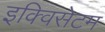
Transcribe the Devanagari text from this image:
इक्विसेटम